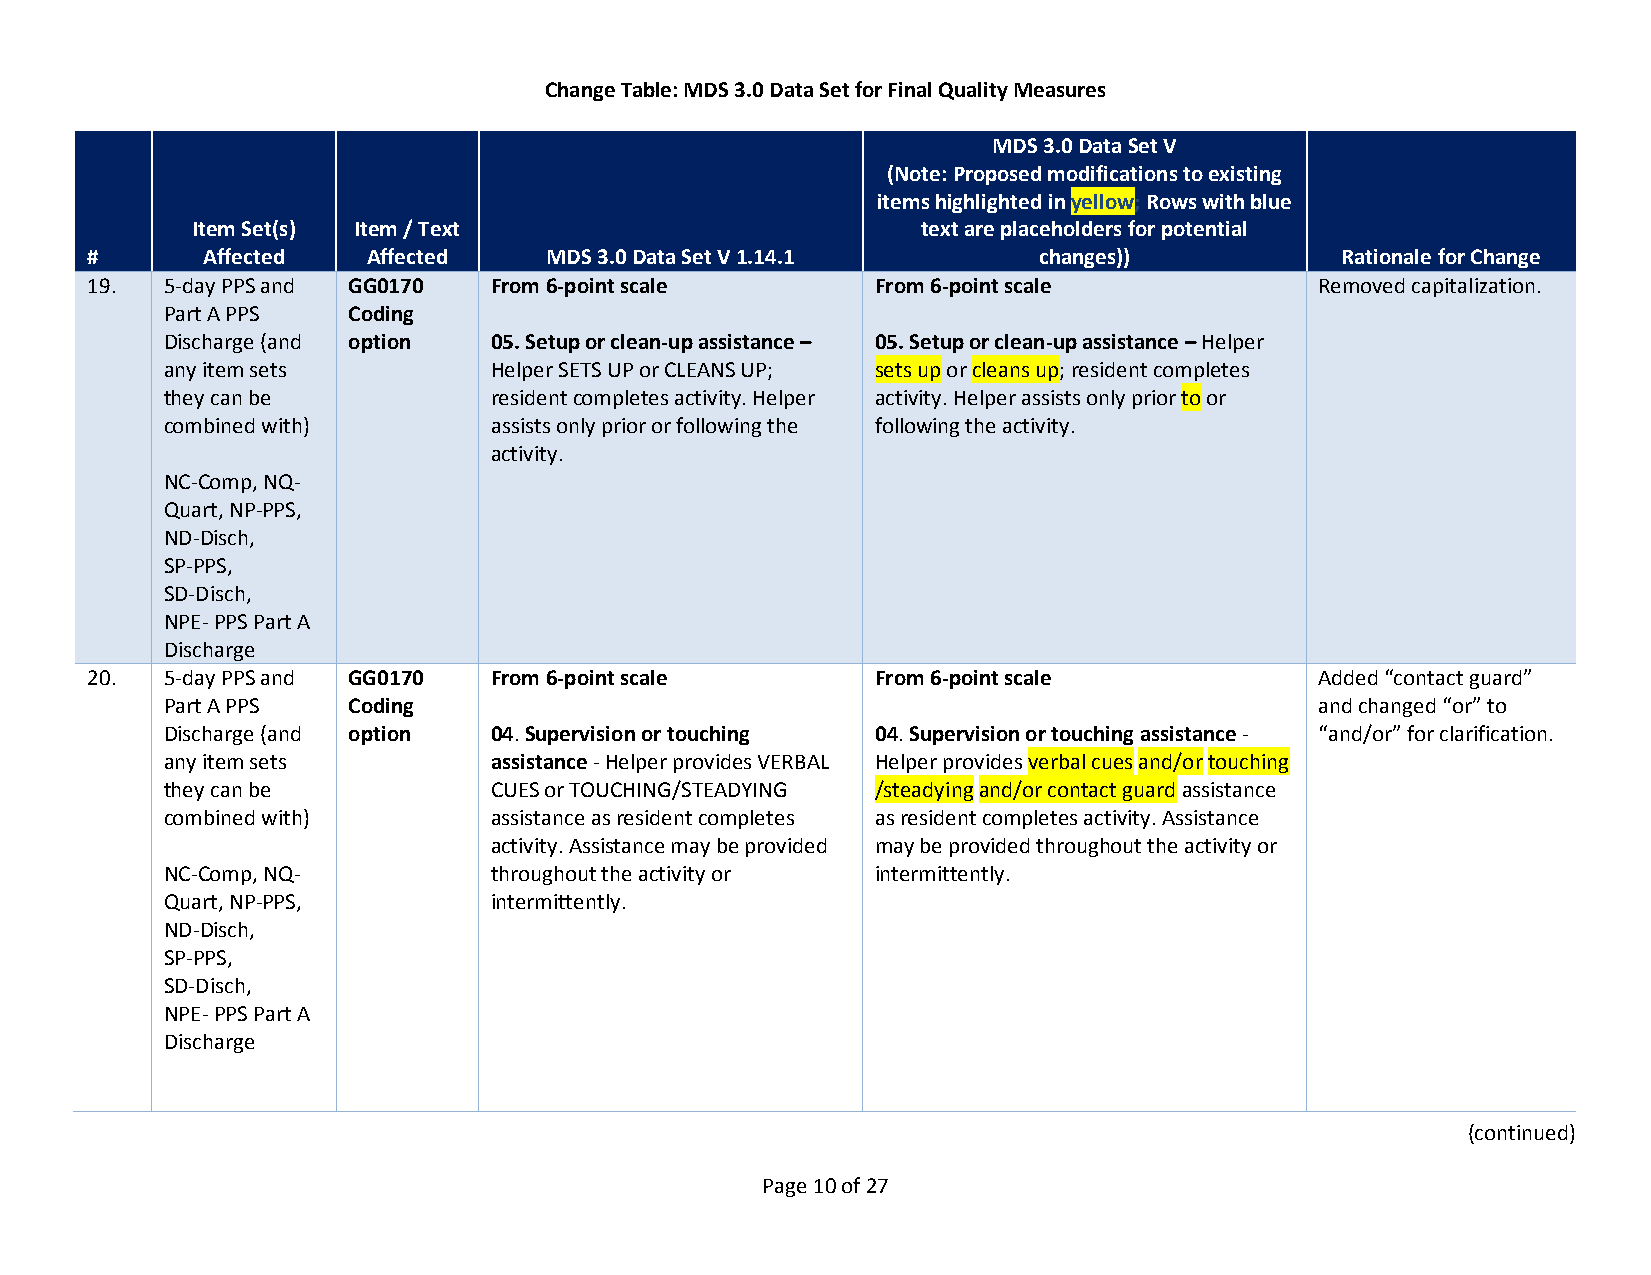
Change Table: MDS 3.0 Data Set for Final Quality Measures
 MDS 3.0 Data Set V
 (Note: Proposed modifications to existing
 items highlighted in yellow; Rows with blue
 Item Set(s) Item / Text                         text are placeholders for potential
 #      Affected   Affected    MDS 3.0 Data Set V 1.14.1        changes))           Rationale for Change
 19.  5-day PPS and GG0170 From 6-point scale        From 6-point scale           Removed capitalization.
 Part A PPS  Coding
 Discharge (and option 05. Setup or clean-up assistance – 05. Setup or clean-up assistance – Helper
 any item sets        Helper SETS UP or CLEANS UP; sets up or cleans up; resident completes
 they can be          resident completes activity. Helper activity. Helper assists only prior to or
 combined with)       assists only prior or following the following the activity.
 activity.
 NC-Comp, NQ-
 Quart, NP-PPS,
 ND-Disch,
 SP-PPS,
 SD-Disch,
 NPE- PPS Part A
 Discharge
 20.  5-day PPS and GG0170 From 6-point scale        From 6-point scale           Added “contact guard”
 Part A PPS  Coding                                                          and changed “or” to
 Discharge (and option 04. Supervision or touching 04. Supervision or touching assistance - “and/or” for clarification.
 any item sets        assistance - Helper provides VERBAL Helper provides verbal cues and/or touching
 they can be          CUES or TOUCHING/STEADYING /steadying and/or contact guard assistance
 combined with)       assistance as resident completes as resident completes activity. Assistance
 activity. Assistance may be provided may be provided throughout the activity or
 NC-Comp, NQ-         throughout the activity or intermittently.
 Quart, NP-PPS,       intermittently.
 ND-Disch,
 SP-PPS,
 SD-Disch,
 NPE- PPS Part A
 Discharge
 (continued)
 Page 10 of 27